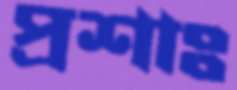
প্রশাঃ